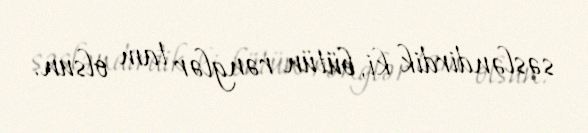
səsləndirdik ki, bütün rənglər tam olsun.